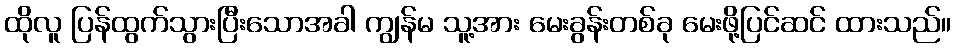
ထိုလူ ပြန်ထွက်သွားပြီးသောအခါ ကျွန်မ သူ့အား မေးခွန်းတစ်ခု မေးဖို့ပြင်ဆင် ထားသည်။